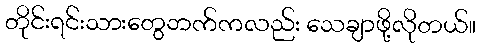
တိုင်းရင်းသားတွေဘက်ကလည်း သေချာဖို့လိုတယ်။